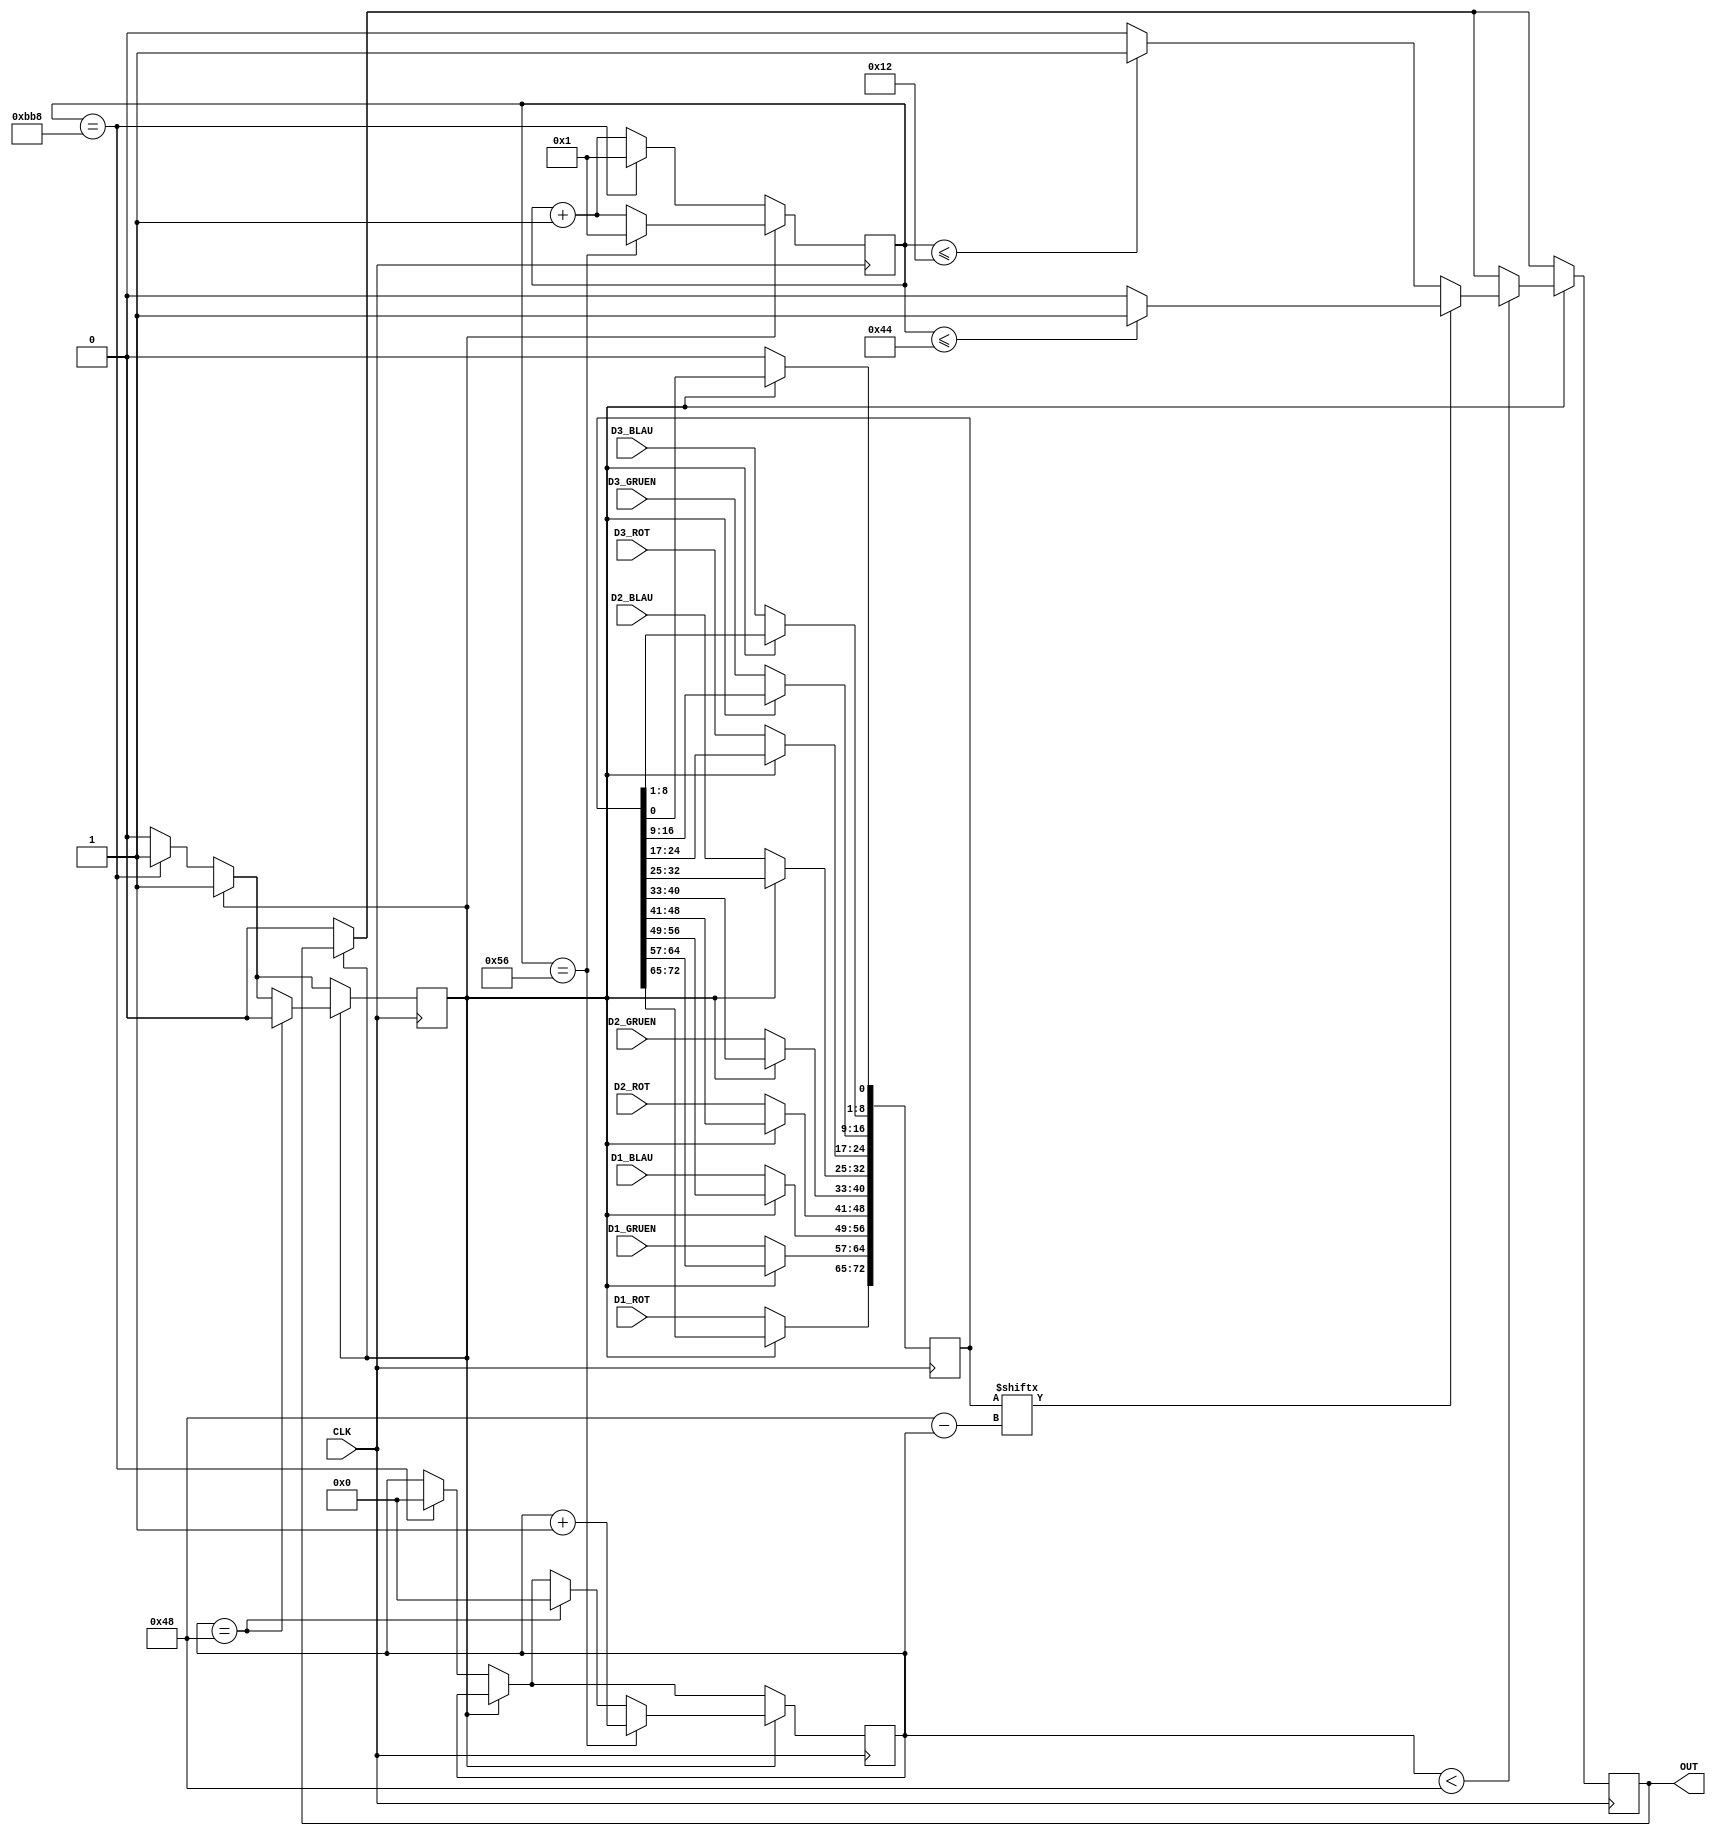
module RGB_PL9823( 
	input CLK,
	input [7:0] D1_ROT,
	input [7:0] D1_GRUEN,
	input [7:0] D1_BLAU,	
	input [7:0] D2_ROT,
	input [7:0] D2_GRUEN,
	input [7:0] D2_BLAU,	
	input [7:0] D3_ROT,
	input [7:0] D3_GRUEN,
	input [7:0] D3_BLAU,		
	output reg OUT
	);
	//
	reg [0:72] data;
	reg [7:0] i;
	reg [11:0] ctr;
	reg state;
	//
	localparam TRANSFER = 1'd0;
	localparam AUSGABE = 1'd1;	
	//
	initial
	begin
		OUT <= 0;
		//
		data <= 0;
		i <= 0;
		ctr <= 1;
		state <= TRANSFER;
	end
	//
	always @(posedge CLK) /* 50MHz => 20ns */
	begin
	if (state == TRANSFER) 
		begin
		ctr <= ctr + 1;
		OUT <= 0;
		//				
		data[00:07] <= D1_ROT[7:0];
		data[08:15] <= D1_GRUEN[7:0];
		data[16:23] <= D1_BLAU[7:0];	
		//
		data[24:31] <= D2_ROT[7:0];
		data[32:39] <= D2_GRUEN[7:0];
		data[40:47] <= D2_BLAU[7:0];
		//
		data[48:55] <= D3_ROT[7:0];
		data[56:63] <= D3_GRUEN[7:0];
		data[64:71] <= D3_BLAU[7:0];
		//
		data[72] <= 0;
		//
		if (ctr == 3000) /* 3000 * 20ns = 60000ns */
			begin
			state <= AUSGABE;
			ctr <= 1;
			i <= 0;
			end
		end
	//
	if (state == AUSGABE) 
		begin
		if (i == 72) 
			begin
			state <= TRANSFER;
			ctr <= 1;
			i <= 0;
			end
		//
		ctr <= ctr + 1;
		if (ctr == 86) /* 86 * 20ns = 1720ns */
			begin
			ctr <= 1;
			i <= i + 1;
			end	
		//
		if (i < 72)
			begin
			if (data[i] == 1) 
				begin
				//
				if (ctr <= 68) /* 68 * 20ns = 1360ns */
					OUT <= 1;
				else
					OUT <= 0;
				//
				end
			else
				begin
				//
				if (ctr <= 18) /* 18 * 20ns = 360ns */
					OUT <= 1;
				else
					OUT <= 0;
				//
				end
			end
		end
	//
	end
endmodule